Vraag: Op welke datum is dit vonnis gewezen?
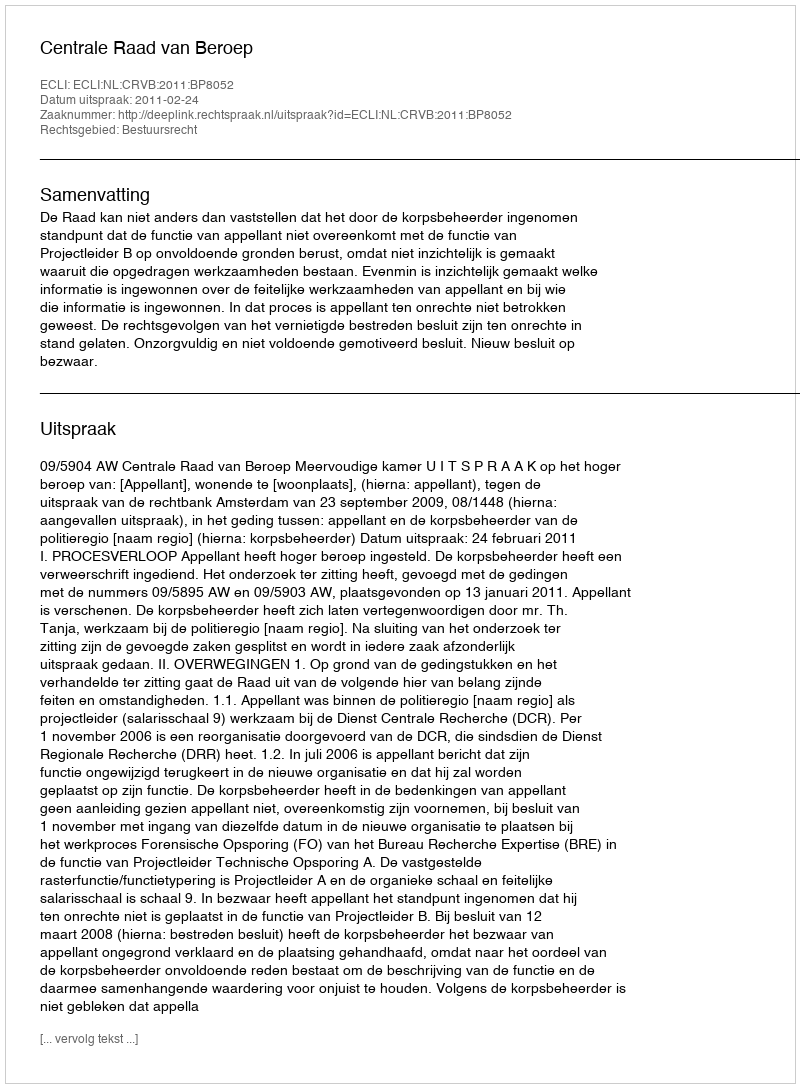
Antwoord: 2011-02-24